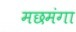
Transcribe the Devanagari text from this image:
मछमंगा